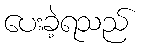
ပေးခဲ့ရသည်